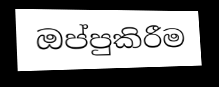
ඔප්පුකිරීම